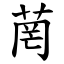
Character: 菵